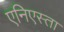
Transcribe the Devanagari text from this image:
एनिएस्ता